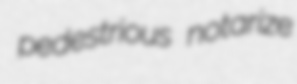
pedestrious notarize